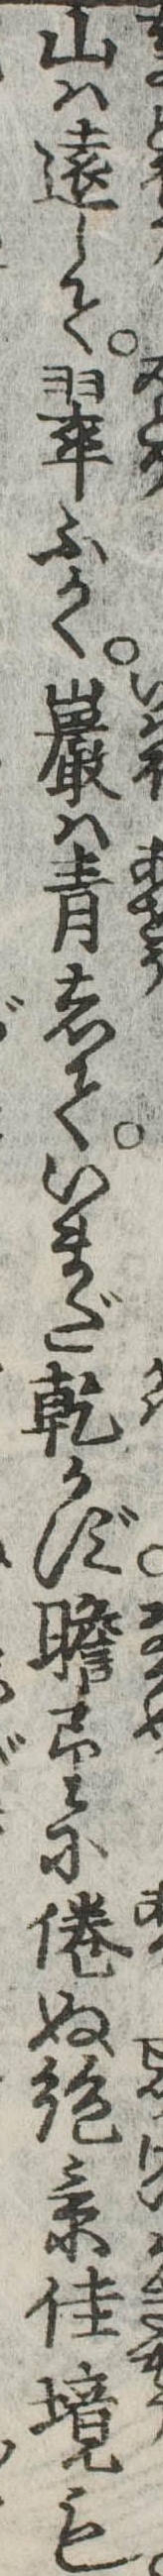
山は遠して翠ふかく巌は青していまだ乾かず瞻望に倦ぬ絶景佳境も